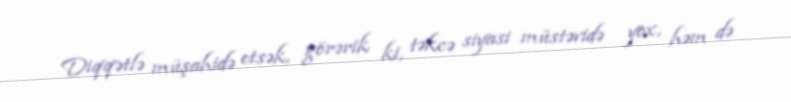
Diqqətlə müşahidə etsək, görərik ki, təkcə siyasi müstəvidə yox, həm də